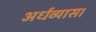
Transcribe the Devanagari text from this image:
अर्धव्यास।